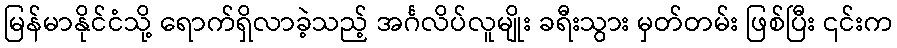
မြန်မာနိုင်ငံသို့ ရောက်ရှိလာခဲ့သည့် အင်္ဂလိပ်လူမျိုး ခရီးသွား မှတ်တမ်း ဖြစ်ပြီး ၎င်းက